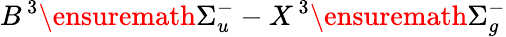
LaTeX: B\, {}^{3}\ensuremath{\Sigma}_{u}^{-}-X\, {}^{3}\ensuremath{\Sigma}_{g}^{-}